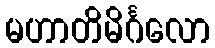
မဟာတိမိင်္ဂလော